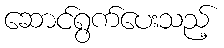
ဆောင်ရွက်ပေးသည့်